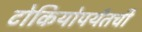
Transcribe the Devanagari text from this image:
टोकियोपर्यंतची